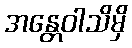
အန္တေဝါသိမှိ